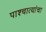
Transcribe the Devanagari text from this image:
पाश्चात्यांचा